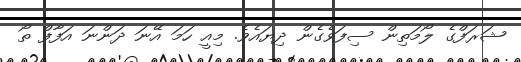
ޝަރަފްގެ ލޯމަތިން ސިފަވެގެން ދިޔައެވެ. މިއީ ހަމަ އޭނަ ދަންނަ އަފާފް ތޯ